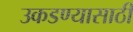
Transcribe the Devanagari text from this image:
उकडण्यासाठी